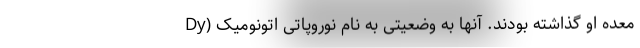
معده او گذاشته بودند. آنها به وضعیتی به نام نوروپاتی اتونومیک (Dy